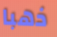
ذهبا